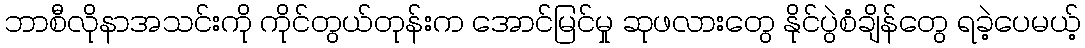
ဘာစီလိုနာအသင်းကို ကိုင်တွယ်တုန်းက အောင်မြင်မှု ဆုဖလားတွေ နိုင်ပွဲစံချိန်တွေ ရခဲ့ပေမယ့်